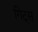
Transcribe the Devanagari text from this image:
गिट्स